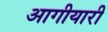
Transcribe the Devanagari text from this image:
आगीयारी